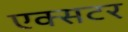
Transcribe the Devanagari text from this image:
एक्सटर